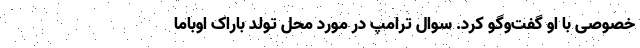
خصوصی با او گفت‌و‌گو کرد. سوال ترامپ در مورد محل تولد باراک اوباما